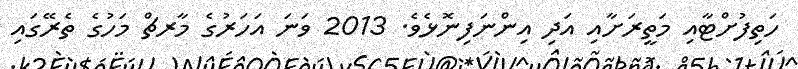
ހަތިފުށްޓާއި މަތީރަށާއި އަދި އިންނަފިނޮޅެވެ. 2013 ވަނަ އަހަރުގެ މާރޗް މަހުގެ ތެރޭގައި